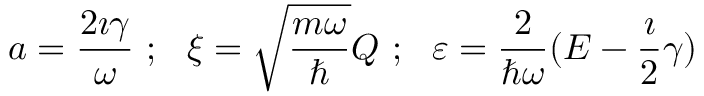
a = \frac { 2 \imath \gamma } { \omega } \ ; \ \ \xi = \sqrt { \frac { m \omega } { \hbar } } Q \ ; \ \ \varepsilon = \frac { 2 } { \hbar \omega } ( E - \frac { \imath } { 2 } \gamma )